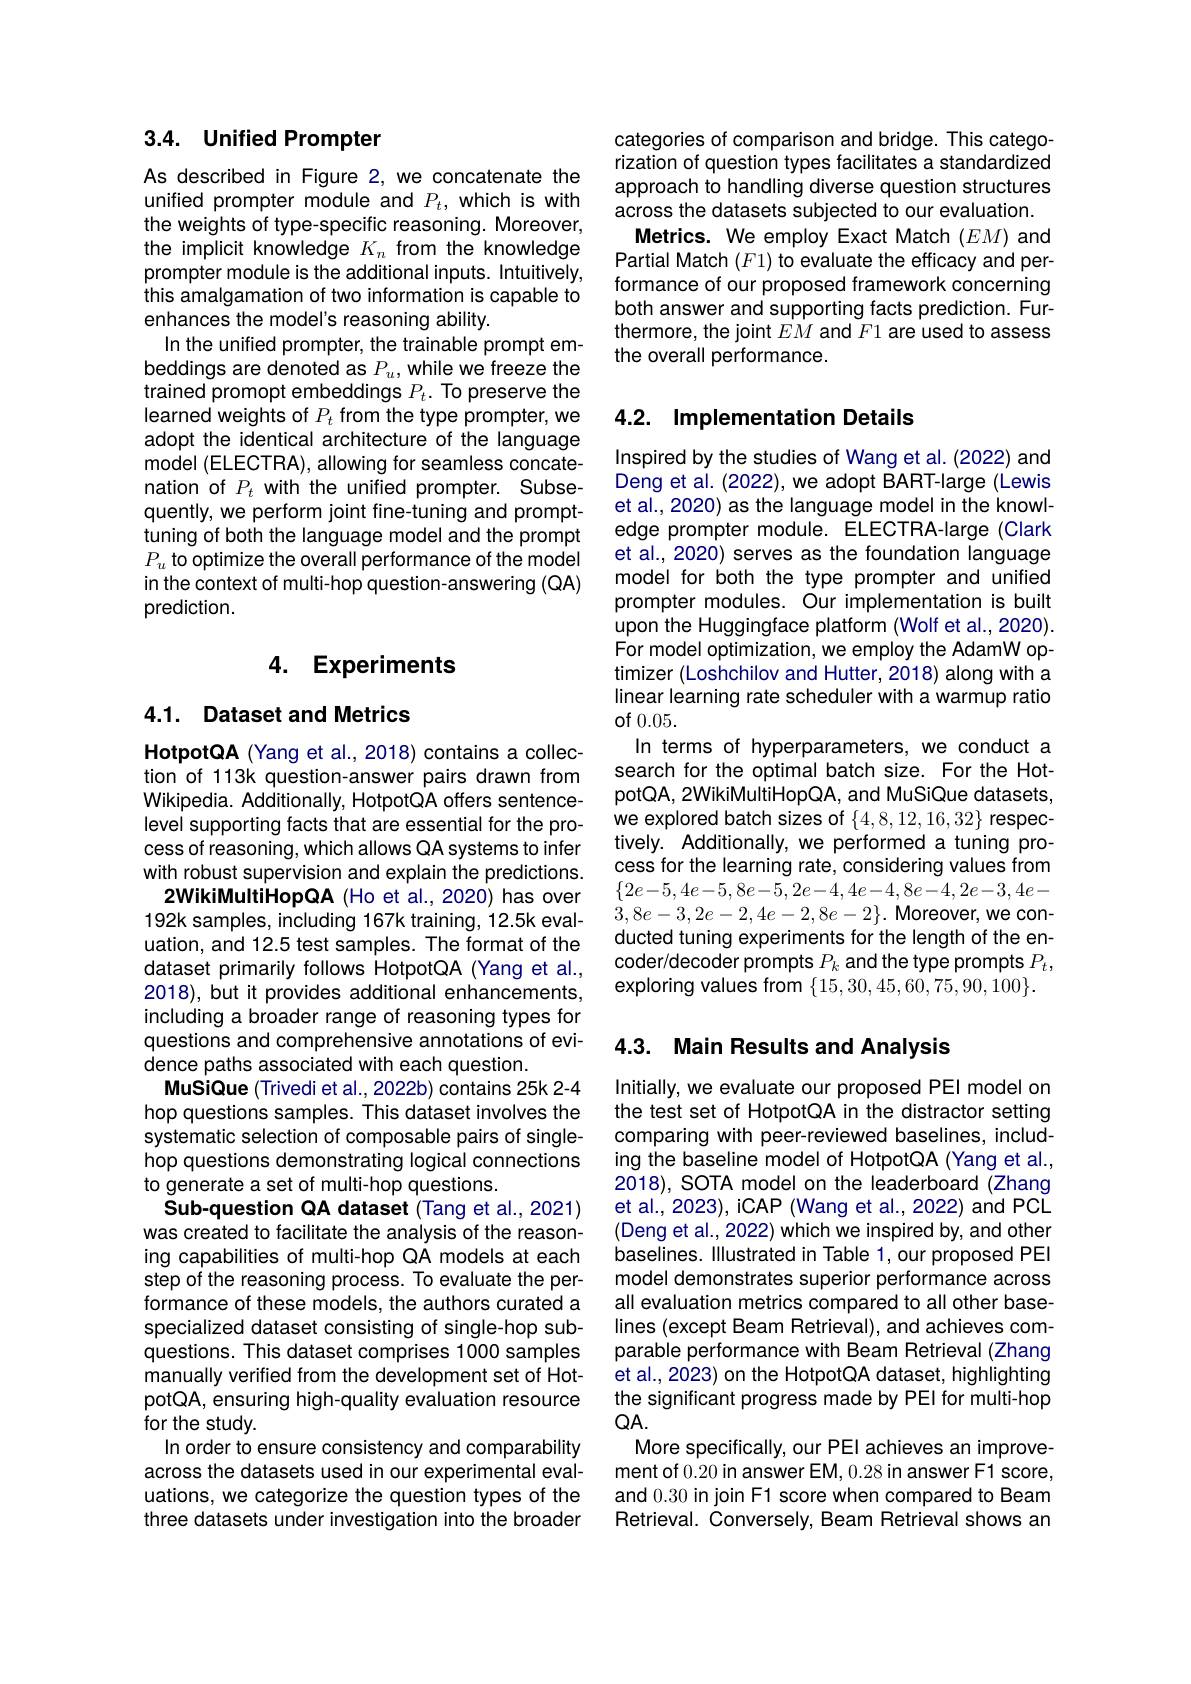
## 3.4. Unified Prompter

As described in Figure 2, we concatenate the unified prompter module and $P_t$, which is with the weights of type-specific reasoning. Moreover, the implicit knowledge $K_n$ from the knowledge prompter module is the additional inputs. Intuitively, this amalgamation of two information is capable to enhances the model's reasoning ability.
In the unified prompter, the trainable prompt embeddings are denoted as $P_u$,while we freeze the trained promopt embeddings $P_t.$ To preserve the learned weights of $P_t$ from the type prompter, we adopt the identical architecture of the language model (ELECTRA), allowing for seamless concatenation of $P_t$ with the unified prompter. Subsequently, we perform joint fine-tuning and prompttuning of both the language model and the prompt $P_u$ to optimize the overall performance of the model in the context of multi- hop question-answering (QA) prediction.

## 4. Experiments

## 4.1. Dataset and Metrics

HotpotQA (Yang et al., 2018) contains a collection of 113k question-answer pairs drawn from Wikipedia. Additionally, HotpotQA offers sentencelevel supporting facts that are essential for the process of reasoning, which allows QA systems to infer with robust supervision and explain the predictions.
2WikiMultiHopQA (Ho et al., 2020) has over 192k samples, including 167k training, 12.5k evaluation, and 12.5 test samples. The format of the dataset primarily follows HotpotQA (Yang et al., 2018), but it provides additional enhancements, including a broader range of reasoning types for questions and comprehensive annotations of evidence paths associated with each question.
MuSiQue (Trivedi et al., 2022b) contains 25k 2-4 hop questions samples. This dataset involves the systematic selection of composable pairs of singlehop questions demonstrating logical connections to generate a set of multi-hop questions.
Sub-question QA dataset (Tang et al., 2021) was created to facilitate the analysis of the reasoning capabilities of multi-hop QA models at each step of the reasoning process. To evaluate the performance of these models, the authors curated a specialized dataset consisting of single-hop subquestions. This dataset comprises 1000 samples manually verified from the development set of HotpotQA, ensuring high-quality evaluation resource for the study.
In order to ensure consistency and comparability across the datasets used in our experimental evaluations, we categorize the question types of the three datasets under investigation into the broader

categories of comparison and bridge. This catego rization of question types facilitates a standardized approach to handling diverse question structures across the datasets subjected to our evaluation. Metrics. We employ Exact Match $(EM)$ and Partial Match $(F1)$ to evaluate the efficacy and performance of our proposed framework concerning both answer and supporting facts prediction. Furthermore, the joint $EM$ and $F1$ are used to assess the overall performance.

## 4.2. Implementation Details

Inspired by the studies of Wang et al. (2022) and Deng et al. (2022), we adopt BART-large (Lewis et al., 2020) as the language model in the knowledge prompter module. ELECTRA-large (Clark et al., 2020) serves as the foundation language model for both the type prompter and unified prompter modules. Our implementation is built upon the Huggingface platform (Wolf et al., 2020) For model optimization, we employ the AdamW optimizer (Loshchilov and Hutter, 2018) along with a linear learning rate scheduler with a warmup ratio of 0.05.
In terms of hyperparameters, we conduct a search for the optimal batch size. For the HotpotQA, 2WikiMultiHopQA, and MuSiQue datasets, we explored batch sizes of $\{4,8,12,16,32\}$ respectively. Additionally, we performed a tuning process for the learning rate, considering values from $\{2e-5,4e-5,8e-5,2e-4,4e-4,8e-4,2e-3,4e-$ $3,8e-3,2e-2,4e-2,8e-2\}.$Moreover,we conducted tuning experiments for the length of the encoder/decoder prompts $P_k$ and the type prompts $P_t$, exploring values from $\{15,30,45,60,75,90,100\}.$

## 4.3. Main Results and Analysis

Initially, we evaluate our proposed PEI model on the test set of HotpotQA in the distractor setting comparing with peer-reviewed baselines, including the baseline model of HotpotQA (Yang et al., 2018), SOTA model on the leaderboard (Zhang et al., 2023), iCAP (Wang et al., 2022) and PCL (Deng et al., 2022) which we inspired by, and other baselines. Illustrated in Table 1, our proposed PEI model demonstrates superior performance across all evaluation metrics compared to all other baselines (except Beam Retrieval), and achieves comparable performance with Beam Retrieval (Zhang et al., 2023) on the HotpotQA dataset, highlighting the significant progress made by PEl for multi-hop $QA.$
More specifically, our PEl achieves an improvement of 0.20 in answer EM, 0.28 in answer F1 score, and 0.30 in join F1 score when compared to Beam Retrieval. Ćonversely, Beam Retrieval shows an